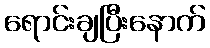
ရောင်းချပြီးနောက်